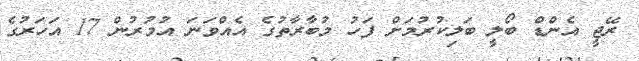
ރޭޖީ އެންޑް ބޯލީ ބަލިކުރުމަށް ފަހު މުބާރާތުގެ އެއްވަނަ އުމުރުން 17 އަހަރުގެ